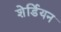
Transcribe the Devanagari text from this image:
शेर्डियन